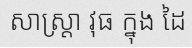
សាស្ត្រា វុធ ក្នុង ដៃ